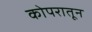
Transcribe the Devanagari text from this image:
कोपरातून